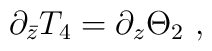
\partial_{\bar{z}} T_4 = \partial_{z} \Theta_2 \ ,